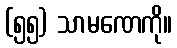
(၅၅) သာမဏေကို။